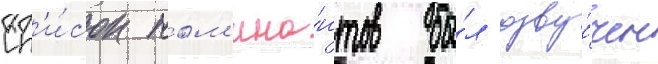
Сп'и́сок ном'ина́нтов бы́л озву́чен